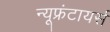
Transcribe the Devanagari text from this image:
न्यूफ्रंटायर्स